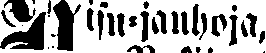
Nisu-jauhoja,